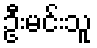
ဦးမင်းသူ